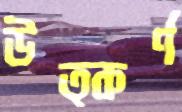
উত্কর্ণ